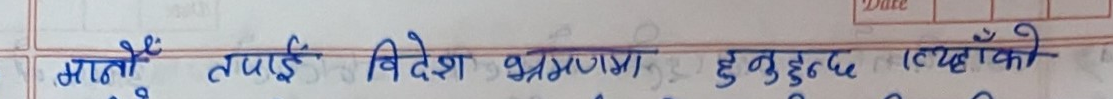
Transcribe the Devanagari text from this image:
मातौ तपाई विदेश भ्रमणमा हुनुहुन्छ क्याहाँको